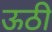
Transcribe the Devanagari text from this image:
ऊठी